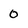
Character: 0